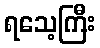
ရသေ့ကြီး